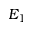
E _ { 1 }